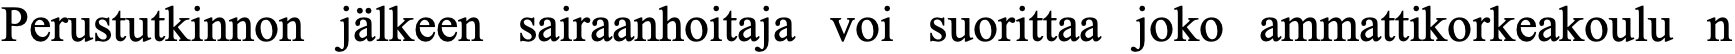
Perustutkinnon jälkeen sairaanhoitaja voi suorittaa joko ammattikorkeakoulu n